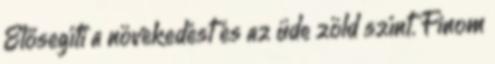
Elősegíti a növekedést és az üde zöld színt. Finom